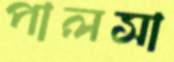
পালসা